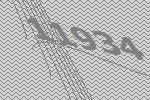
11934